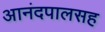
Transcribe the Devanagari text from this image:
आनंदपालसह